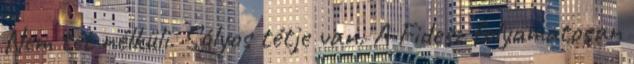
Nem tét nélküli. Súlyos tétje van. A Fidesz folyamatosan